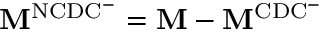
\mathbf { M } ^ { \mathrm { N C D C ^ { - } } } = \mathbf { M } - \mathbf { M } ^ { \mathrm { C D C ^ { - } } }